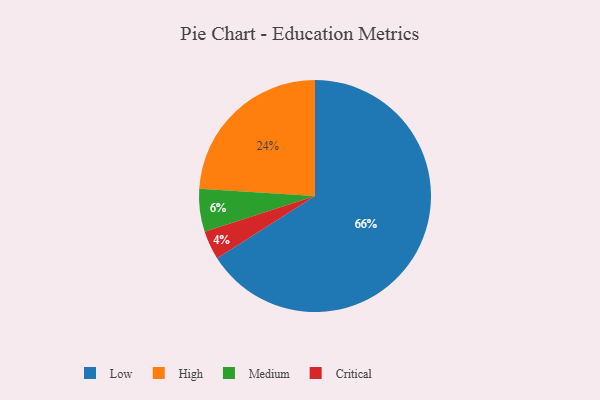
{"axis": {"x": "Category", "y": "Percentage"}, "legend": ["Critical", "High", "Low", "Medium"], "data": [{"x": "Critical", "y": 4, "type": "Critical"}, {"x": "Medium", "y": 6, "type": "Medium"}, {"x": "Low", "y": 66, "type": "Low"}, {"x": "High", "y": 24, "type": "High"}]}